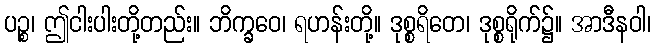
ပဉ္စ၊ ဤငါးပါးတို့တည်း။ ဘိက္ခဝေ၊ ရဟန်းတို့။ ဒုစ္စရိတေ၊ ဒုစ္စရိုက်၌။ အာဒီနဝါ၊